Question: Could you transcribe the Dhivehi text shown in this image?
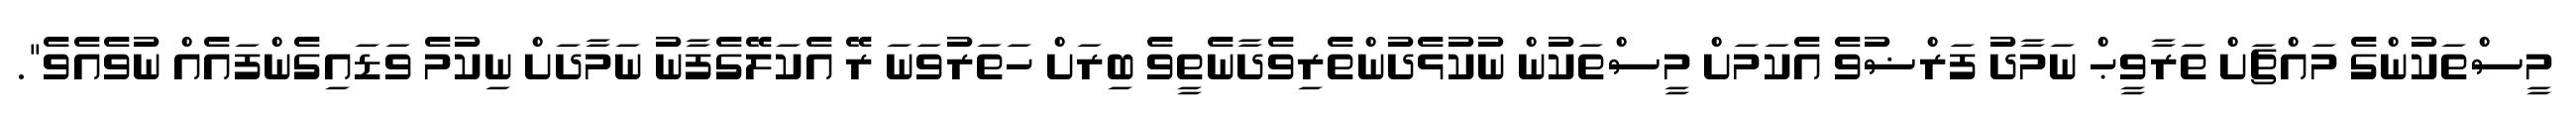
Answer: މީސްތަކުންގެ މައްޗަށް ތަރާވީޙް ނަމާދު ފަރްޟުވެ އެކަމަށް މީސްތަކުން ނުކުޅެދުންތެރިވެދާނެތީވެ ބިރަށް ހަތަރުވަނަ ރޭ އެކަލޭގެފާނު ނަމާދަށް ނިކުމެ ވަޑައިގެންފައެއް ނުވެއެވެ".